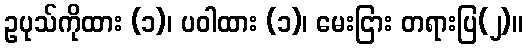
ဥပုသ်ကိုထား (၁)၊ ပဝါထား (၁)၊ မေးငြား တရားပြ(၂)။